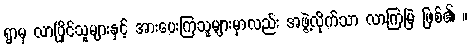
ရွာမှ လာပြိုင်သူများနှင့် အားပေးကြသူများမှာလည်း အဖွဲ့လိုက်သာ လာကြမြဲ ဖြစ်၏ ။